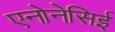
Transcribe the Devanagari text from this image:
एनोनेसिई